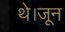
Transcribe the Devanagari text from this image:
थे।जून